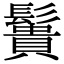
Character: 䰎